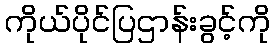
ကိုယ်ပိုင်ပြဌာန်းခွင့်ကို